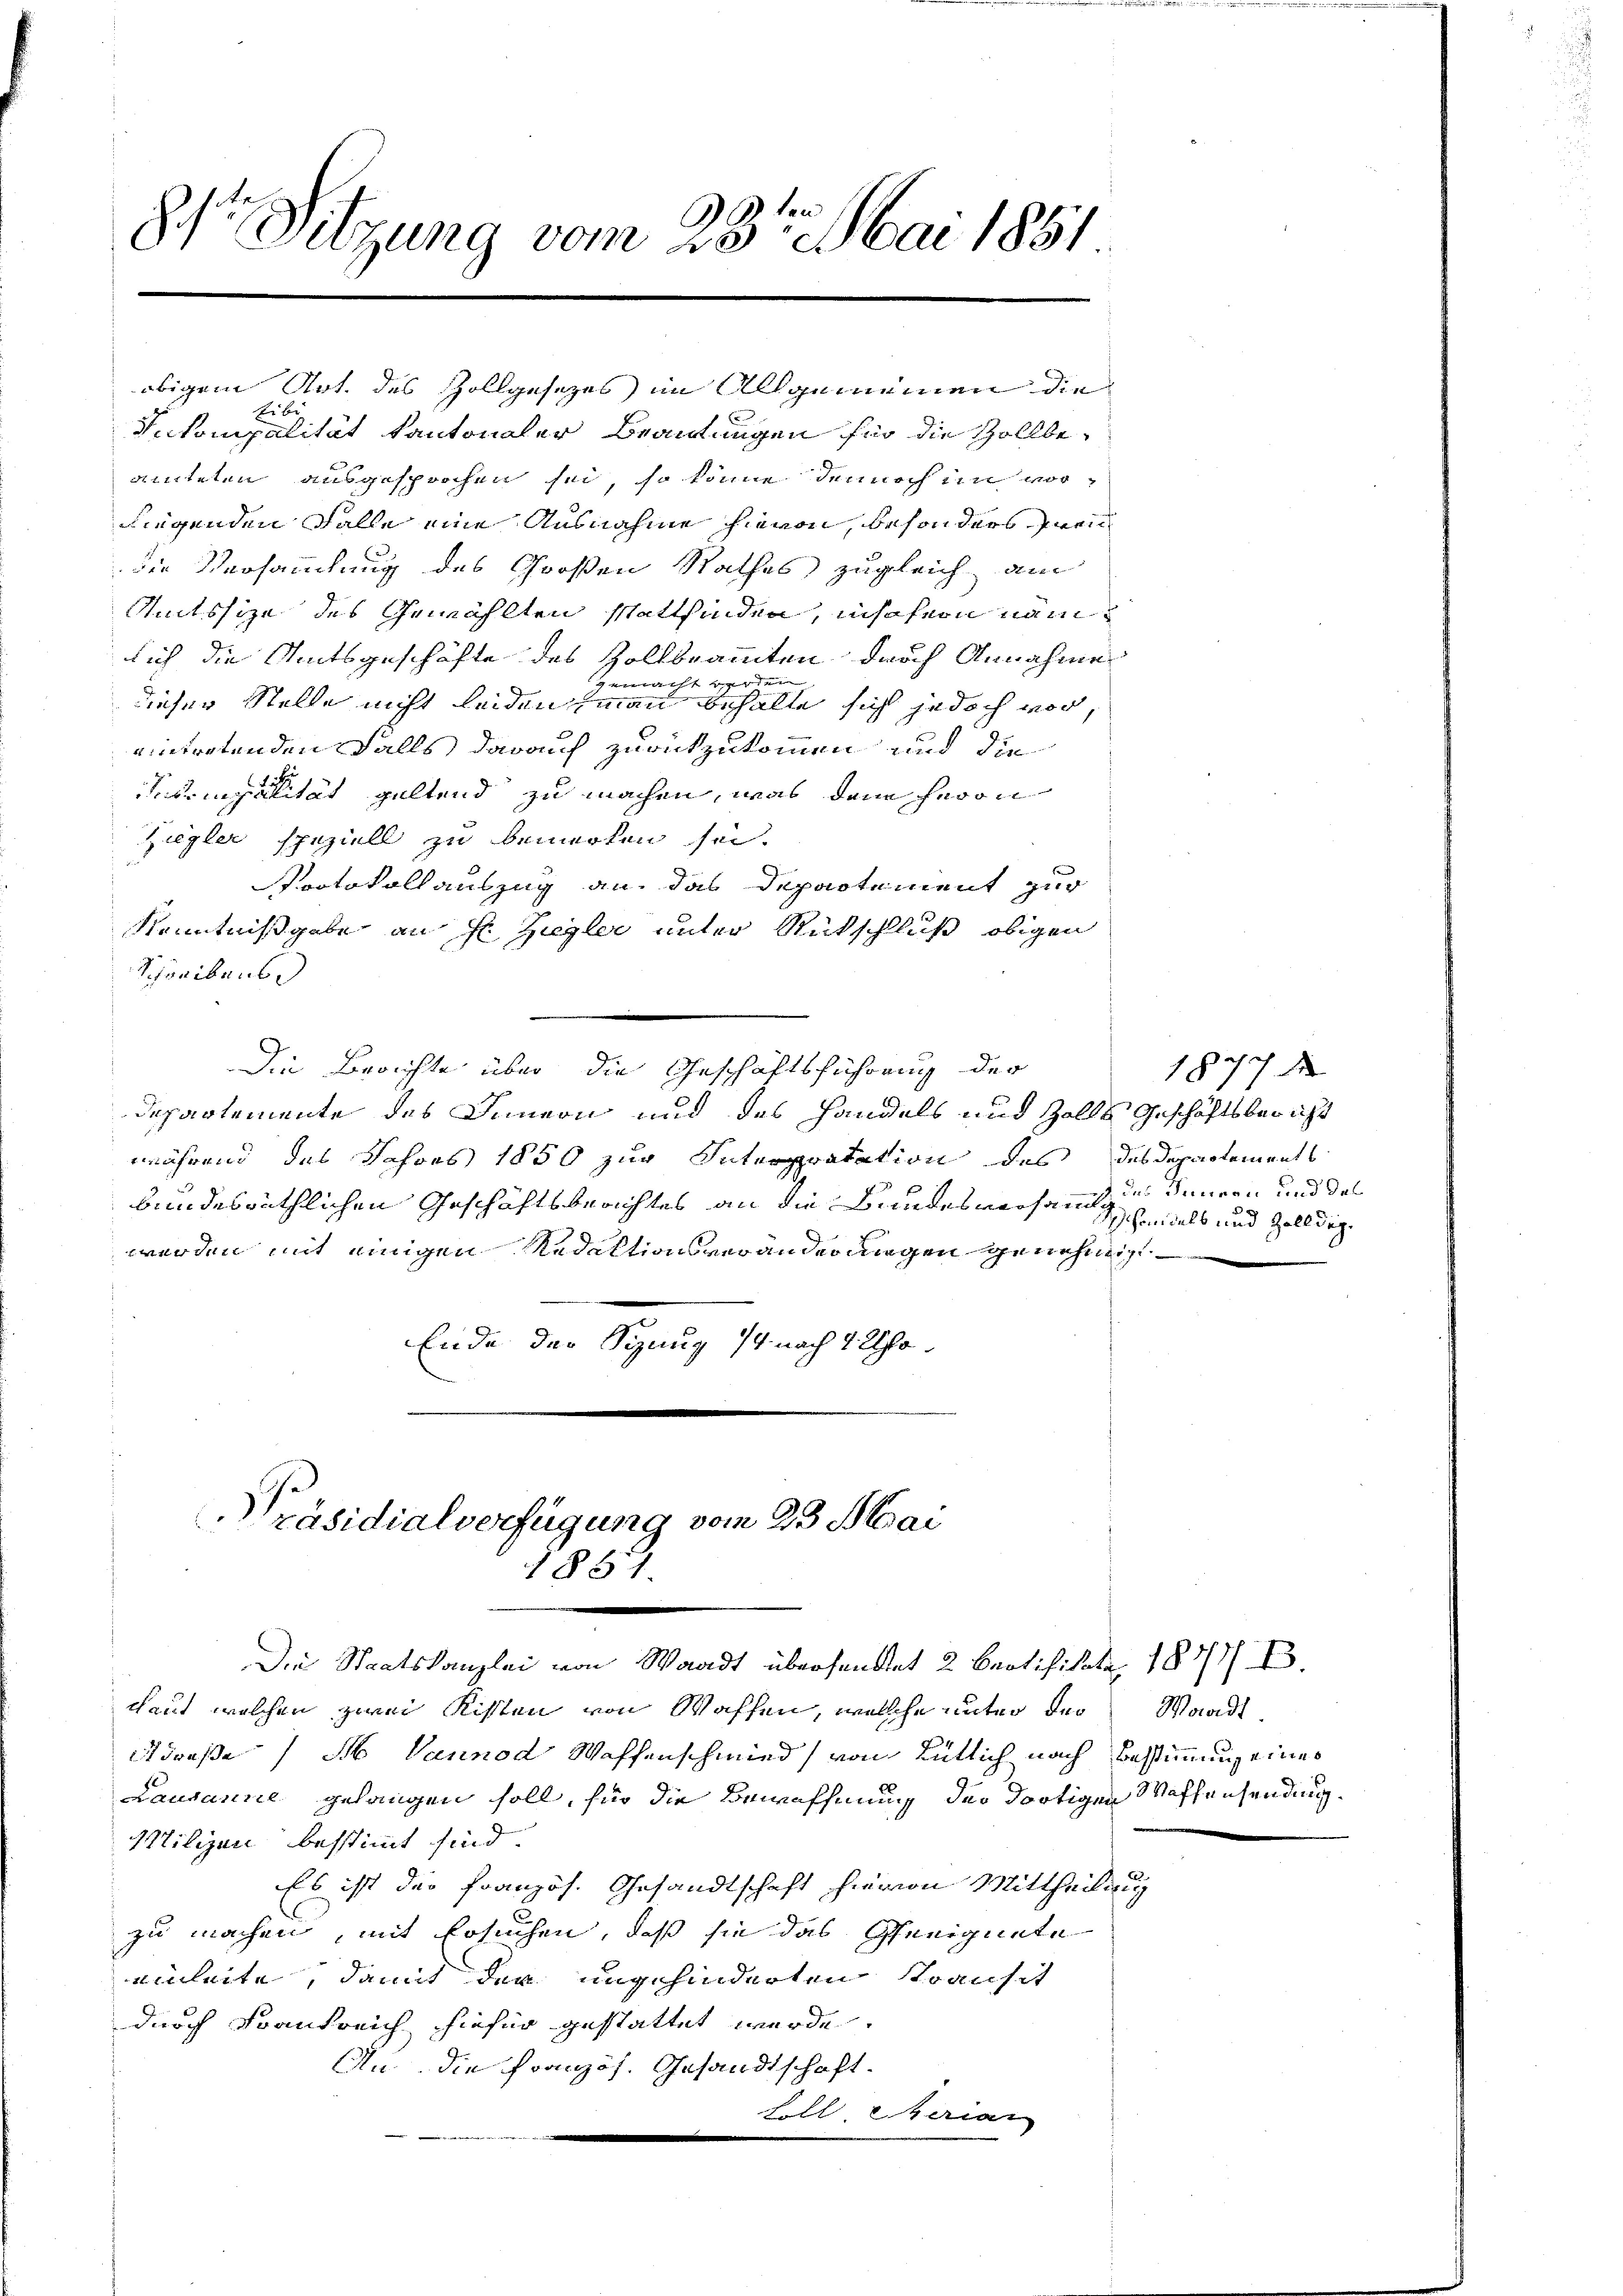
8te Sitzung vom 23ten Mai 1851

te be
 x
Sekompalität kantonaler Brautungen für die Zollbeamteten ausgesprochen sei, so könne, dennoch in vorliegenden Falle eine Ausnahme hievon, besonders zweidie Versammlung des Großen Rathes zugleich am
mtssize des Gewählten stattfinden, insofern nam
sich die Amtsgeschäfte des Zollbrannten durch Annahme
gemacht werden |
dieser Stelle nicht leiden man behalte sich jedoch vor
eintretenden Falls darauf zurückzukommen und die
Sirmpalität geltend zu machen, was dem Herrn
Ziegler speziell zu bemerken sei.
Protokollauszug an, das Departement zur
Kenntnißgabe an fr. Ziegler unter Rückschluß obigen
Schreibens
Die Berichte über die Geschäftsführung der
Departemente des Innern und des Handels und Zolls Geschäftsbericht
während des Jahres 1850 zur Interpretation des des Departements
bundesräthlichen Geschäftsberichtes an die Bundesverhäng
werden mit einigen Redaktionsveränderungen genehmigt
Ende der Sitzung 14 nach 1 Uhr
[Präsidialverfügung vom 23. Mai
1851.
Die Staatskanzlei von Waadt übersandtet 2 Brotifikat 1877/ B.
Laut welchen zwei Kisten von Waffen, welche unter der Waadt,
Straße N. Vannod Waffenschmied von entlich nach Bestimmung eines
Lausanne gelangen soll, für die Bewaffnung der dortigen Waffensendung.
Wilien bestimmt sind.
Es ist der Französ. Gesandtschaft hievon Mittheilung
zu machen, mit Ersuchen, daß sie das Geeignete
einleite, damit der ungehinderten Transit
durch Frankreich hiefür gestattet werde.
An. Die Französ. Gesandtschaft.
filleteriar
.

obigem Art. des Zollgesetzes im Allgemeinen die

1877
das Treuen und des
Schandels und Zolldige